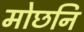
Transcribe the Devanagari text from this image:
मोछनि